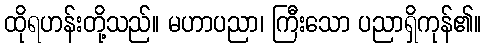
ထိုရဟန်းတို့သည်။ မဟာပညာ၊ ကြီးသော ပညာရှိကုန်၏။